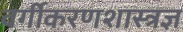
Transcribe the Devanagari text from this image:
वर्गीकरणशास्त्रज्ञ